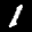
Label: 1